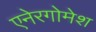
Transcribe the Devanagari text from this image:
एनेरगोमेश